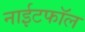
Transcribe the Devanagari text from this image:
नाईटफाॅल